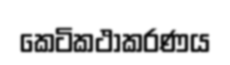
කෙටිකථාකරණය